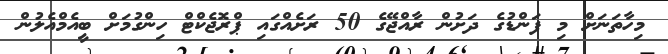
މިހާތަނަށް މި ފަންޑުގެ ދަށުން ރާއްޖޭގެ 50 ރަށެއްގައި ޕްރޮޖެކްޓް ހިންގުމަށް ބީއެމްއެލުން